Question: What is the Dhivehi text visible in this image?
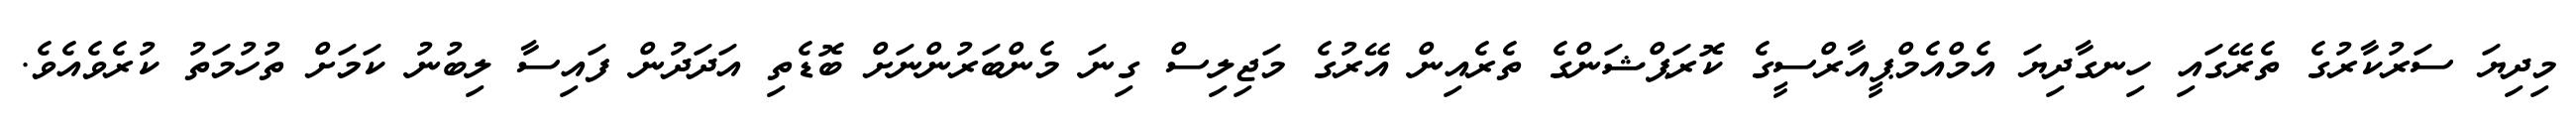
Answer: މިދިޔަ ސަރުކާރުގެ ތެރޭގައި ހިނގާދިޔަ އެމްއެމްޕީއާރްސީގެ ކޮރަޕްޝަންގެ ތެރެއިން އޭރުގެ މަޖިލިސް ގިނަ މެންބަރުންނަށް ބޮޑެތި އަދަދުން ފައިސާ ލިބުނު ކަމަށް ތުހުމަތު ކުރެވެއެވެ.